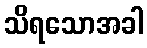
သိရသောအခါ